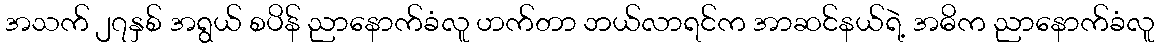
အသက် ၂၇နှစ် အရွယ် စပိန် ညာနောက်ခံလူ ဟက်တာ ဘယ်လာရင်က အာဆင်နယ်ရဲ့ အဓိက ညာနောက်ခံလူ